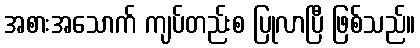
အစားအသောက် ကျပ်တည်းစ ပြုလာပြီ ဖြစ်သည်။